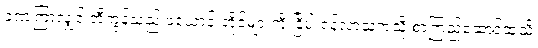
ခဏကြာလျှင် တီကွန်သည် ဖယောင်းတိုင်များကို ငြိမ်းရန်လာသကဲ့သို့ စာကြည့်ဆောင်ထဲသို့